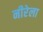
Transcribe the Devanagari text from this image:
नीरेला